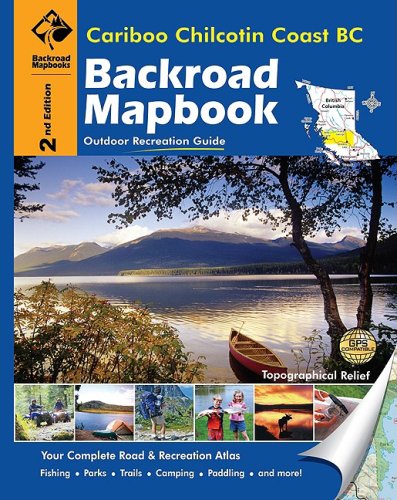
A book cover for Cariboo Chilcotin Coast BC (Backroad Mapbooks); Trent Ernst; Travel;